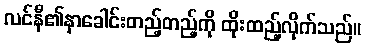
လင်နီ၏နှာခေါင်းတည့်တည့်ကို ထိုးထည့်လိုက်သည်။